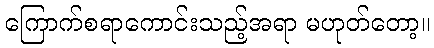
ကြောက်စရာကောင်းသည့်အရာ မဟုတ်တော့။